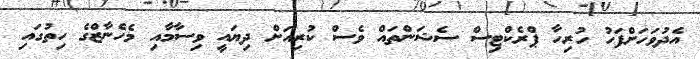
އެދުވަހަށްފަހު ހުރިހާ ޕްރެކްޓިސް ސެޝަންތައް ވެސް ކުރިއަށް ދިޔައީ ވިސާމާއި މެހެނާޒްގެ ހިތުގައި